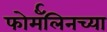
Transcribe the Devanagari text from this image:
फोर्मॅलिनच्या